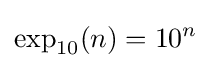
\exp _{10}(n)=10^{n}